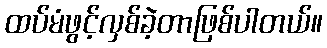
ထပ်မံဖွင့်လှစ်ခဲ့တာဖြစ်ပါတယ်။